Lunatic asylums Bombay report 1891-1903 - 1891-1903
Year: 1891
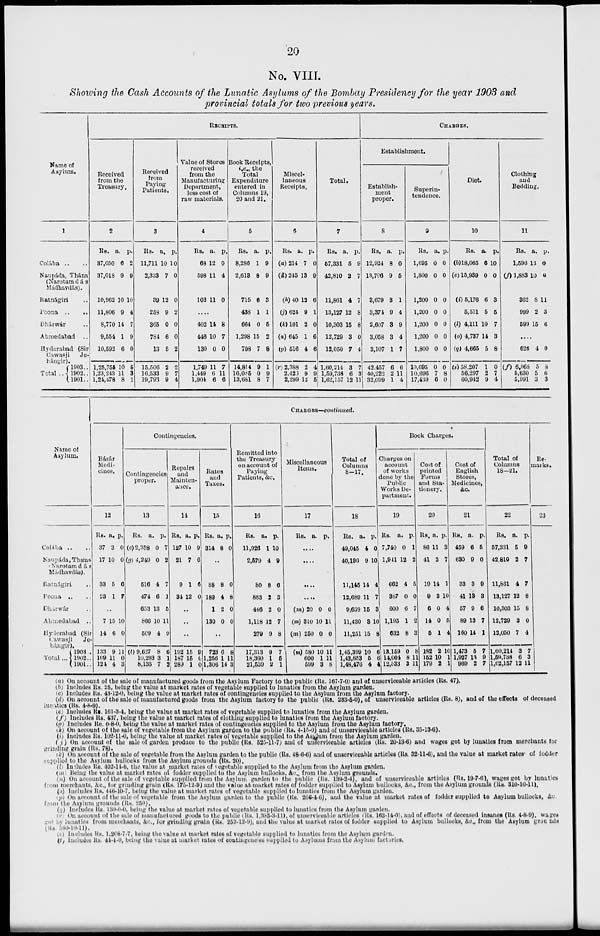
20
No. VIII.
Showing the Cash Accounts of the Lunatic Asylums of the Bombay Presidency for the year 1903 and
provincial totals for two previous years.
Name of
Asylum.
1
Colába ..
Naupáda, Thána
(Narotamdás
Mádhavdás).
Ratnágiri
Poona ..
..
Dhárwár
Ahmedabad
Hyderabad (Sir
Cawasji Je-
hángir)
Total ..
1903..
1902..
1901..
RECEIPTS.
Received
from the
Treasury.
2
Rs.
37,050
37,018
10,962
11,806
8,770
9,554
10,592
1,25,755
1,23,243
1,21,478
a.
6
9
10
9
14
1
6
10
11
8
p.
2
9
10
4
7
9
0
5
3
1
Received
from
Paying
Patients.
3
Rs.
11,711
2,333
39
253
365
784
13
15,506
16,533
19,793
a.
10
7
12
9
0
6
5
2
9
9
p.
10
0
0
2
0
0
2
2
7
4
Value of Stores
received
from the
Manufacturing
Department,
less cost of
raw materials.
4
Rs.
63
598
102
a.
12
11
11
p.
0
4
0
....
402
446
130
1,749
1,449
1,904
14
10
0
11
6
6
8
7
0
7
11
6
Book Receipts,
i.e., the
Total
Expenditure
entered in
Columns 19,
20 and 21.
5
Rs.
8,286
2,613
715
438
664
1,298
798
14,814
16,085
13,681
a.
1
8
6
1
0
15
7
9
0
8
p.
9
9
3
1
6
2
8
1
9
7
Miscel-
laneous
Receipts.
6
Rs.
(a) 214
(d) 245
(h) 40
(j) 624
(k) 101
(n) 645
(p) 516
(r) 2,388
2,423
2,299
a.
7
13
12
9
2
1
4
2
9
12
p.
0
9
6
1
0
6
6
4
9
5
Total.
7
Rs.
67,331
42,810
11,861
13,127
10,303
12,729
12,050
1,60,214
1,59,738
1,62,157
a.
5
2
4
12
15
3
7
3
6
12
p.
9
7
7
8
8
0
4
7
3
11
CHARGES.
Establishment.
Establish-
ment
proper.
8
Rs.
12,924
13,706
3,679
3,374
2,607
3,058
3,107
42,457
40,222
32,099
a.
8
9
3
9
3
3
1
6
2
1
p.
0
5
1
4
9
4
7
6
11
4
Superin-
tendence.
9
Rs.
1,695
1,800
1,200
1,200
1,200
1,200
1,800
10,095
10,696
17,439
a.
0
0
0
0
0
0
0
0
7
6
p.
0
0
0
0
0
0
0
0
8
0
Diet.
10
Rs.
(b)18,065
(e) 15,939
(i) 5,176
5,511
(l) 4,111
(o) 4,737
(q) 4,665
(s) 58,207
56,297
60,942
a.
6
0
6
5
10
14
5
1
2
9
p.
10
0
3
6
7
3
8
0
7
4
Clothing
and
Bedding.
11
Rs.
1,596
(f) 1,883
362
999
599
a.
13
10
8
2
15
p.
0
0
11
3
6
....
626
(f) 6,068
5,630
5,991
4
5
5
3
0
8
6
3
Name of
Asylum.
Colába .. ..
Naupáda, Thána
(Narotam dás
Mádhavdás).
Ratnágiri ..
Poona ..
Dhárwár ..
Ahmedabad ..
Hyderabad (Sir
Cawasji Je-
hángir).
Total ...
1903 ..
1902 ..
1901 ..
CHARGES—continued.
Bázár
Medi-
cines.
12
Rs.
37
17
33
23
a.
3
10
5
1
p.
0
0
0
7
..
7
14
133
109
121
15
6
9
11
4
10
0
11
0
3
Contingencies.
Contingencies
proper.
13
Rs. a
(c)2,358
(g) 4,249
616
474
653
866
509
(t) 9,627
10,29
8,135
. ]
0
0
4
6
13
10
4
8
3 3
7
p.
7
2
7
3
5
11
9
6
1
2
Repairs
and
Mainten-
ance.
14
Rs.
127
21
9
31
a.
10
7
1
12
P.
9
6
6
0
..
..
..
192
187
289
15
15
1
9
0
0
Rates
and
Taxes.
15
RS.
314
a.
8
P.
0
..
88
189
1
130
8
4
2
0
0
8
0
c
..
723
1,256
1,30(
) 6
! 1
J 14
8
11
a
Remitted into
the Treasury
on account of
Paying
Patients, &c.
16
Rs.
11,926
2,679
80
883
446
1,118
279
17,313
18,360
21,639
a.
1
4
8
2
2
12
9
9
1
2
p.
10
9
6
3
0
7
8
7
6
1
Miscellaneous
Items.
17
Rs. a. p.
....
....
....
(m) 20
(m) 310
(m) 250
(m) 580
600
699
0
10
0
10
1
3
0
11
0
11
11
8
Total of
Columns
8—17.
18
Rs. a
49,045
40,196
11,146
12,689
9,639
11,430
11,251
1,45,399
1,43,653
1,48,476
.
4
9
14
11
16
8
15
10
5
4
p.
0
10
4
7
a
10
8
Book Charges.
Charges on
account
of works
done by the
Public
Works De-
partment.
19
Rs.
7,740
1,911
662
387
600
) 1,195
632
3 13,159
14,004
12,533
.
0
12
4
0
6
1
8
0
8
3
p.
1
2
5
0
7
2
3
8
11
11
Cost of
printed
Forms
and Sta-
tionery.
20
Rs.
86
41
19
9
6
14
5
182
162
179
a.
11
3
14
3
0
0
1
2
10
2
p.
3
7
1
10
4
5
4
1(
]
J
Cost of
English
Stores,
Medicines,
&c.
21
RS.
459
630
33
41
57
89
160
) 1,473
L 1,927
969
a.
6
0
3
13
9
13
14
6
13
2
p.
6
0
9
3
6
7
1
7
9
7
Total of
Columns
18—21.
22
Rs.
57,331
42.810
11,861
13,127
10,303
12,729
12,050
1,60,214
1,59,738
1,62,157
a.
5
2
4
12
15
3
7
3
6
12
p.
0
7
7
8
8
0
4
7
3
11
Re-
marks.
23
(a) On account of the sale of manufactured goods from the Asylum Factory to the public (Rs. 167-7-0) and of unserviceable articles (Rs. 47).
(b) Includes Rs. 25, being the value at market rates of vegetable supplied to lunatics from the Asylum garden.
(c) Includes Rs. 43-12-0, being the value at market rates of contingencies supplied to the Asylum from the Asylum factory.
(d) On account of the sale of manufactured goods from the Asylum factory to the public (Rs. 233-5-0), of unserviceable articles (Rs. 8), and of the effects of deceased
lunatics (Rs. 4-8-9).
(e) Includes Rs. 161-3-4, being the value at market rates of vegetable supplied to lunatics from the Asylum garden.
(f) Includes Rs. 437, being the value at market rates of clothing supplied to lunatics from the Asylum factory.
(g) Includes Rs. 0-8-0, being the value at market rates of contingencies supplied to the Asylum from the Asylum factory.
(h) On account of the sale of vegetable from the Asylum garden to the public (Rs. 4-15-0) and of unserviceable articles (Rs. 35-13-6).
(i) Includes Rs. 102-11-0, being the value at market rates of vegetable supplied to the Asylum from the Asylum garden.
( j) On account of the sale of garden produce to the public (Rs. 525-11-7) and of unserviceable articles Rs. 20-13-6) and wages got by lunatics from merchants for
grinding grain (Rs. 78).
(k) On account of the sale of vegetable from the Asylum garden to the public (Rs. 48-6-6) and of unserviceable articles (Rs. 32-11-6), and the value at market rates of fodder
supplied to the Asylum bullocks from the Asylum grounds (Rs. 20).
(l) Includes Rs. 402-14-8, the value at market rates of vegetable supplied to the Asylum from the Asylum garden.
(m) Being the value at market rates of fodder supplied to the Asylum bullocks, &c., from the Asylum grounds.
(n) On account of the sale of vegetable supplied from the Asylum garden to the public (Rs. 139-2-4), and of unserviceable articles (Rs. 19-7-6), wages got by lunatics
from merchants, &c., for grinding grain (Rs. 175-12-9) and the value at market rates of fodder supplied to Asylum bullocks, &c, from the Asylum grounds (Rs. 310-10-11),
(o) Includes Rs. 446-10-7, being the value at market rates of vegetable supplied to lunatics from the Asylum garden.
(p) On account of the sale of vegetable from the Asylum garden to the public (Rs. 206-4-6), and the value at market rates of fodder supplied to Asylum bullocks, &c
from the Asylum grounds (Rs. 250).
(q) Includes Rs. 130-0-0, being the value at market rates of vegetable supplied to lunatics from the Asylum garden.
(r) On account of the sale of manufactured goods to the public (Rs. 1,385-3-11), of unserviceable articles (Rs. 163-14-0), and of effects of deceased insanes (Rs. 4-8-9), wages
got by lunatics from merchants, &c., for grinding grain (Rs. 253-12-9), and the value at market rates of fodder supplied to Asylum bullocks, &c., from the Asylum grounds
(Rs. 580-10-11).
(s) Includes Rs. l,268-7-7, being the value at market rates of vegetable supplied to lunatics from the Asylum garden.
(t) Includes Rs. 44-4-0, being the value at market rates of contingencies supplied to Asylums from the Asylum factories.